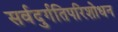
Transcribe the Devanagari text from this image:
सर्वदुर्गतिपरिशोधन